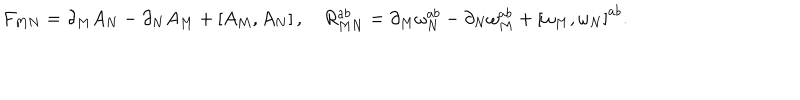
LaTeX: F _ { M N } = \partial _ { M } A _ { N } - \partial _ { N } A _ { M } + \left[ A _ { M } , A _ { N } \right] , \quad R _ { M N } ^ { a b } = \partial _ { M } \omega _ { N } ^ { a b } - \partial _ { N } \omega _ { M } ^ { a b } + \left[ \omega _ { M } , \omega _ { N } \right] ^ { a b } .